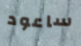
ساعود